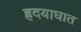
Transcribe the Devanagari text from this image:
ह्रदयाघात